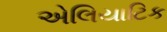
એલિયાટિક